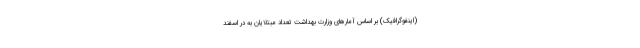
(اینفوگرافیک) بر اساس آمارهای وزارت بهداشت تعداد مبتلایان به در اسفند